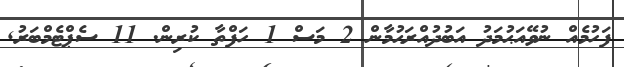
ފަހުމެއް ނުވޭއަޙުމަދު އަބުދުއްރަޙުމާން 2 މަސް 1 ހަފްތާ ކުރިން. 11 ސެޕްޓެމްބަރު